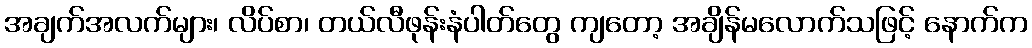
အချက်အလက်များ၊ လိပ်စာ၊ တယ်လီဖုန်းနံပါတ်တွေ ကျတော့ အချိန်မလောက်သဖြင့် နောက်က